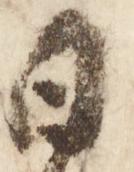
日